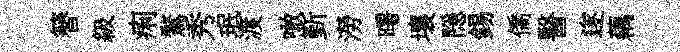
簮級痢鶩秀珉渡噉斳澇曙壤隠錫僑醫遂藕